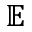
\mathbb { E }